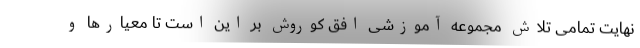
نهایت تمامی تلاش مجموعه آموزشی افق کوروش بر این است تا معیارها و